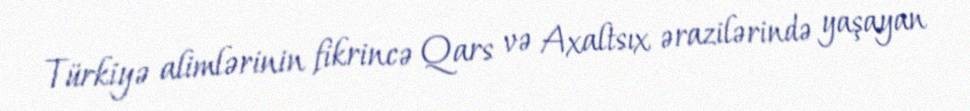
Türkiyə alimlərinin fikrincə Qars və Axaltsıx ərazilərində yaşayan